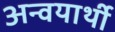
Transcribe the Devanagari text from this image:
अन्वयार्थी